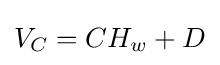
V_{C}=CH_{w}+D